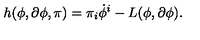
h ( \phi , \partial \phi , \pi ) = \pi _ { i } \dot { \phi } ^ { i } - L ( \phi , \partial \phi ) .